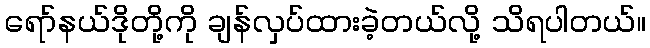
ရော်နယ်ဒိုတို့ကို ချန်လှပ်ထားခဲ့တယ်လို့ သိရပါတယ်။